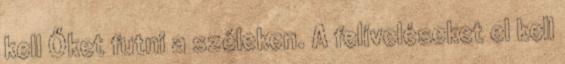
kell Őket futni a széleken. A felíveléseket el kell